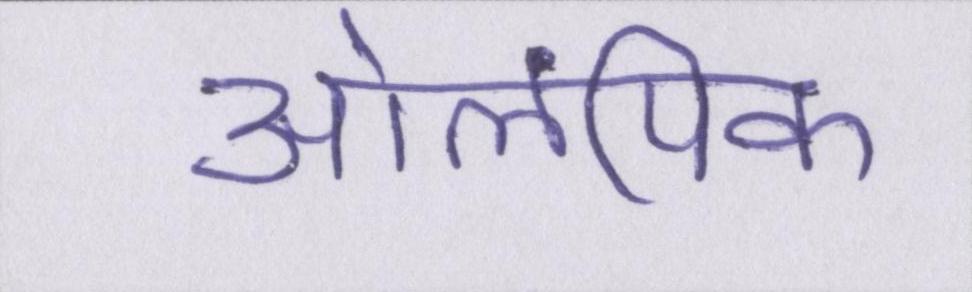
ओलंपिक